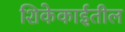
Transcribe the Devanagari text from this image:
शिकेकाईतील